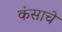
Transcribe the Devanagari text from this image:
कंसाचे